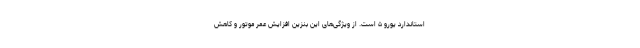
استاندارد یورو ۵ است. از ویژگی‌های این بنزین افزایش عمر موتور و کاهش